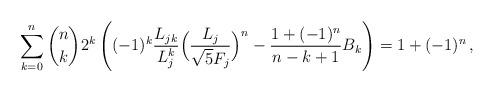
LaTeX: \begin{align*}\sum_{k=0}^{n}\binom{n}{k}2^k\left((-1)^k\frac{L_{jk}}{L^k_j}\Bigl(\frac{L_j}{\sqrt5F_j}\Bigr)^n-\frac{1+(-1)^n}{n-k+1}B_k\right) = 1+(-1)^n\,,\end{align*}